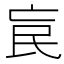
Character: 𣱅